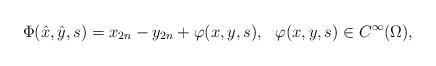
LaTeX: \begin{align*}\Phi(\hat x,\hat y,s)=x_{2n}-y_{2n}+\varphi(x,y,s),\ \ \varphi(x,y,s)\in C^\infty(\Omega),\end{align*}